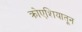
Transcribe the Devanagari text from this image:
क्रोएशियातून